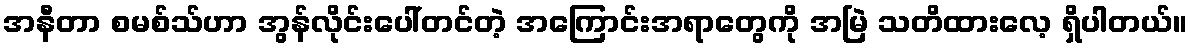
အနီတာ စမစ်သ်ဟာ အွန်လိုင်းပေါ်တင်တဲ့ အကြောင်းအရာတွေကို အမြဲ သတိထားလေ့ ရှိပါတယ်။